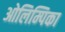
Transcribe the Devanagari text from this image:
ओलिम्पिका